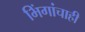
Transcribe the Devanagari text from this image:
भिंगांचाही